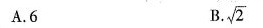
A.6 B. \sqrt{2}